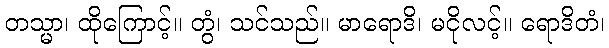
တသ္မာ၊ ထိုကြောင့်။ တွံ၊ သင်သည်။ မာရောဒိ၊ မငိုလင့်။ ရောဒိတံ၊